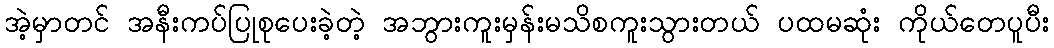
အဲ့မှာတင် အနီးကပ်ပြုစုပေးခဲ့တဲ့ အဘွားကူးမှန်းမသိစကူးသွားတယ် ပထမဆုံး ကိုယ်တေပူပီး